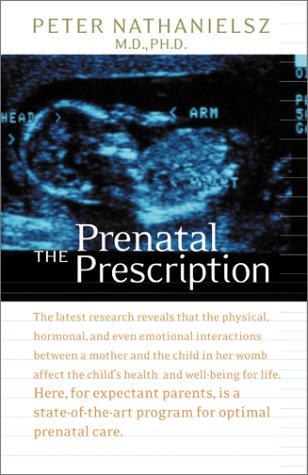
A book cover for The Prenatal Prescription; Peter Nathanielsz; Medical Books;